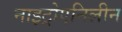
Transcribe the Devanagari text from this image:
नाइट्रोएनिलीन